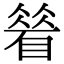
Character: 䁞